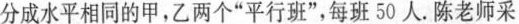
分成水平相同的甲，乙两个”平行班”，每班50人。陈老师采